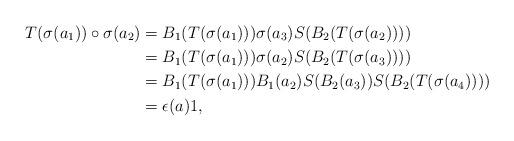
LaTeX: \begin{align*}T(\sigma(a_1))\circ \sigma(a_2)&=B_1(T(\sigma(a_1)))\sigma(a_3)S(B_2(T(\sigma(a_2))))\\&=B_1(T(\sigma(a_1)))\sigma(a_2)S(B_2(T(\sigma(a_3))))\\&=B_1(T(\sigma(a_1)))B_1(a_2)S(B_2(a_3))S(B_2(T(\sigma(a_4))))\\&=\epsilon(a)1,\end{align*}